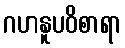
ဂဟနူပဝိစာရာ